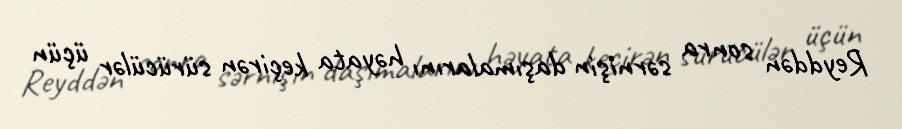
Reyddən sonra sərnişin daşımalarını həyata keçirən sürücülər üçün